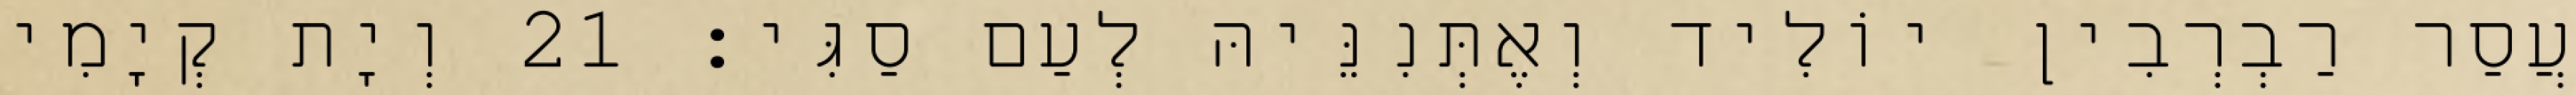
עֲסַר רַבְרְבִין יוֹלִיד וְאֶתְּנִנֵּיהּ לְעַם סַגִּי׃ 21 וְיָת קְיָמִי